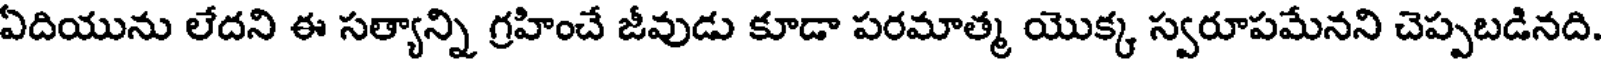
ఏదియును లేదని ఈ సత్యాన్ని గ్రహించే జీవుడు కూడా పరమాత్మ యొక్క స్వరూపమేనని చెప్పబడినది.